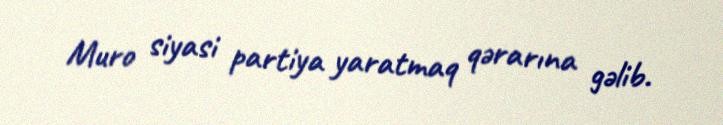
Muro siyasi partiya yaratmaq qərarına gəlib.